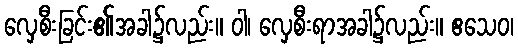
လှေစီးခြင်း၏အခါ၌လည်း။ ဝါ၊ လှေစီးရာအခါ၌လည်း။ ဧသေဝ၊